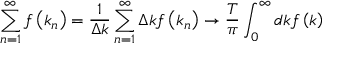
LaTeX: \sum _ { n = 1 } ^ { \infty } f \left( k _ { n } \right) = \frac { 1 } { \Delta k } \sum _ { n = 1 } ^ { \infty } \Delta k f \left( k _ { n } \right) \rightarrow \frac { T } { \pi } \int _ { 0 } ^ { \infty } d k f \left( k \right)